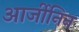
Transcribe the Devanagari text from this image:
आर्जीनिन